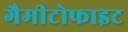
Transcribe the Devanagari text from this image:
गैमीटोफाइट